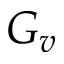
G _ { v }